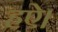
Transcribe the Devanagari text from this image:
हऐ।